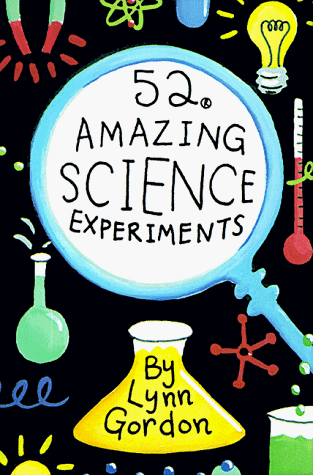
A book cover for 52 Amazing Science Experiments (52 Series); Lynn Gordon; Teen & Young Adult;